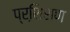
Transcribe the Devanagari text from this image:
प्रशि़शण